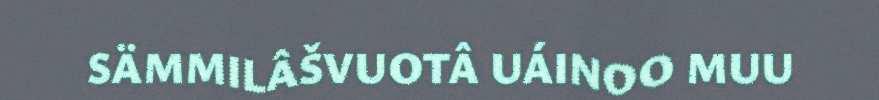
SÄMMILÂŠVUOTÂ UÁINOO MUU